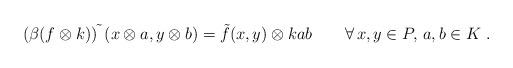
LaTeX: \begin{align*} (\beta (f\otimes k))\!\tilde{\phantom{f}}(x\otimes a, y\otimes b)=\tilde{f}(x,y)\otimes kab\qquad\forall\, x,y\in P,\, a,b\in K\ . \end{align*}